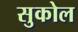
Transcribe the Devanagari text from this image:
सुकोल